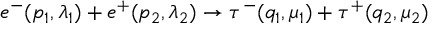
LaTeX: e ^ { - } ( p _ { 1 } , \lambda _ { 1 } ) + e ^ { + } ( p _ { 2 } , \lambda _ { 2 } ) \to \tau ^ { - } ( q _ { 1 } , \mu _ { 1 } ) + \tau ^ { + } ( q _ { 2 } , \mu _ { 2 } )